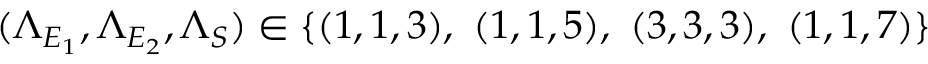
( \Lambda _ { E _ { 1 } } , \Lambda _ { E _ { 2 } } , \Lambda _ { S } ) \in \{ ( 1 , 1 , 3 ) , ~ ( 1 , 1 , 5 ) , ~ ( 3 , 3 , 3 ) , ~ ( 1 , 1 , 7 ) \}